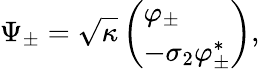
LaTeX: \Psi_{\pm}=\sqrt{\kappa}\left(\begin{array}{l}{{\varphi_{\pm}}}\\ {{-\sigma_{2}\varphi_{\pm}^{\ast}}}\end{array}\right),